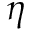
\eta